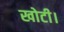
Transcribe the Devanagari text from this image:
खोटी।